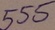
Text: 555